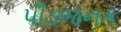
પીડજનક